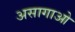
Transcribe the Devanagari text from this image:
असागाओ